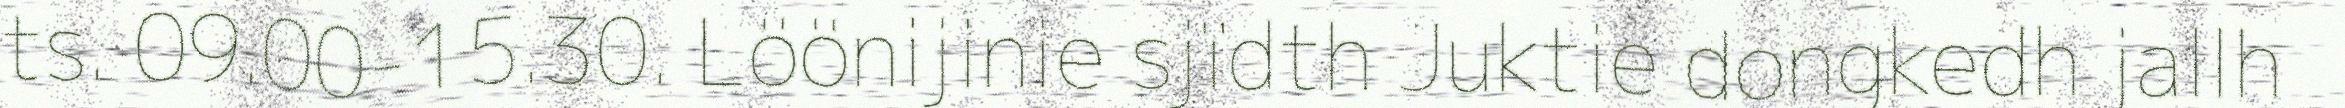
ts. 09.00-15.30. Löönijinie sjïdth Juktie dongkedh jallh